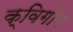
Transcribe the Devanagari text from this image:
क्विगोंग